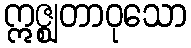
ဣဇ္ဈတာဝုသော